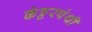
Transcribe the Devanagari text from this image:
कंट्टरपंथी